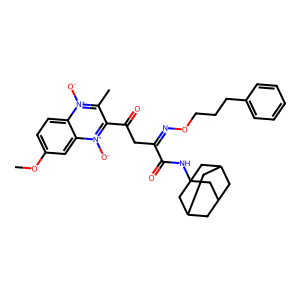
SMILES: COc1ccc2c(c1)[n+]([O-])c(C(=O)CC(=NOCCCc1ccccc1)C(=O)NC13CC4CC(CC(C4)C1)C3)c(C)[n+]2[O-]
Inhibits HIV replication: No